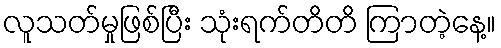
လူသတ်မှုဖြစ်ပြီး သုံးရက်တိတိ ကြာတဲ့နေ့။